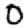
Digit: 0